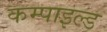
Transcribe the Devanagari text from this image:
कम्पाइल्ड